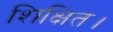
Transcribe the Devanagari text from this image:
शिक्षित।